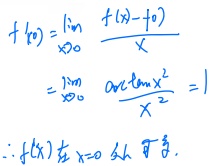
已知\(f'(0)=\lim_{x \to 0}\frac{f(x)-f(0)}{x}=\lim_{x \to 0}\frac{\arctan x^{2}}{x^{2}} = 1\)，所以\(f(x)\)在\(x = 0\)处可导。